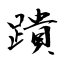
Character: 蹪